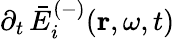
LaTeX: \partial_{t}\, \bar{E}_{i}^{(-)}(\mathbf{r},\omega,t)